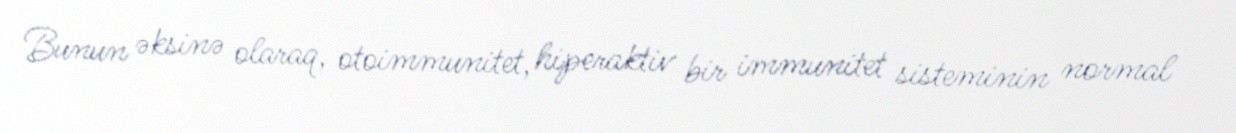
Bunun əksinə olaraq, otoimmunitet, hiperaktiv bir immunitet sisteminin normal